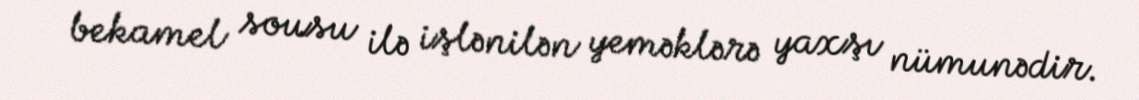
bekamel sousu ilə işlənilən yeməklərə yaxşı nümunədir.